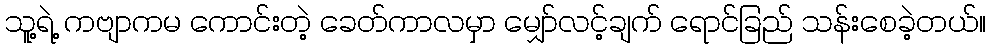
သူ့ရဲ့ ကဗျာကမ ကောင်းတဲ့ ခေတ်ကာလမှာ မျှော်လင့်ချက် ရောင်ခြည် သန်းစေခဲ့တယ်။